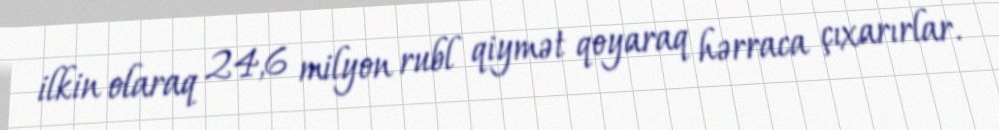
ilkin olaraq 24,6 milyon rubl qiymət qoyaraq hərraca çıxarırlar.